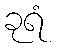
ခုရံ